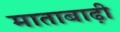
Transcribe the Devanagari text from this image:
माताबाढ़ी